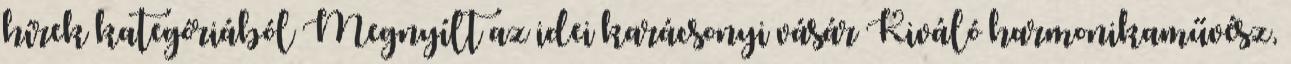
hírek kategóriából Megnyílt az idei karácsonyi vásár Kiváló harmonikaművész,